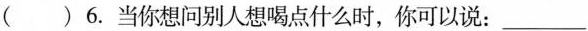
( )6.当你想问别人想喝点什么时,你可以说: ___